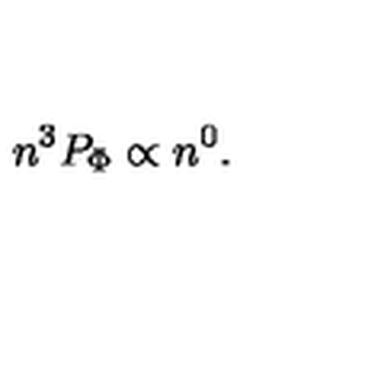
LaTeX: n ^ { 3 } P _ { \mathrm { \Phi } } \propto n ^ { 0 } .